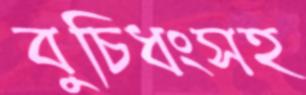
বুচিধংসহ